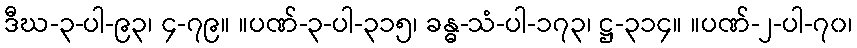
ဒီဃ-၃-ပါ-၉၃၊ ၄-၇၉။ ။ပဏ်-၃-ပါ-၃၁၅၊ ခန္ဓ-သံ-ပါ-၁၇၃၊ ဋ္ဌ-၃၁၄။ ။ပဏ်-၂-ပါ-၇၀၊